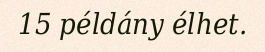
15 példány élhet.